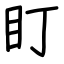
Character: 盯